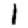
Digit: 1